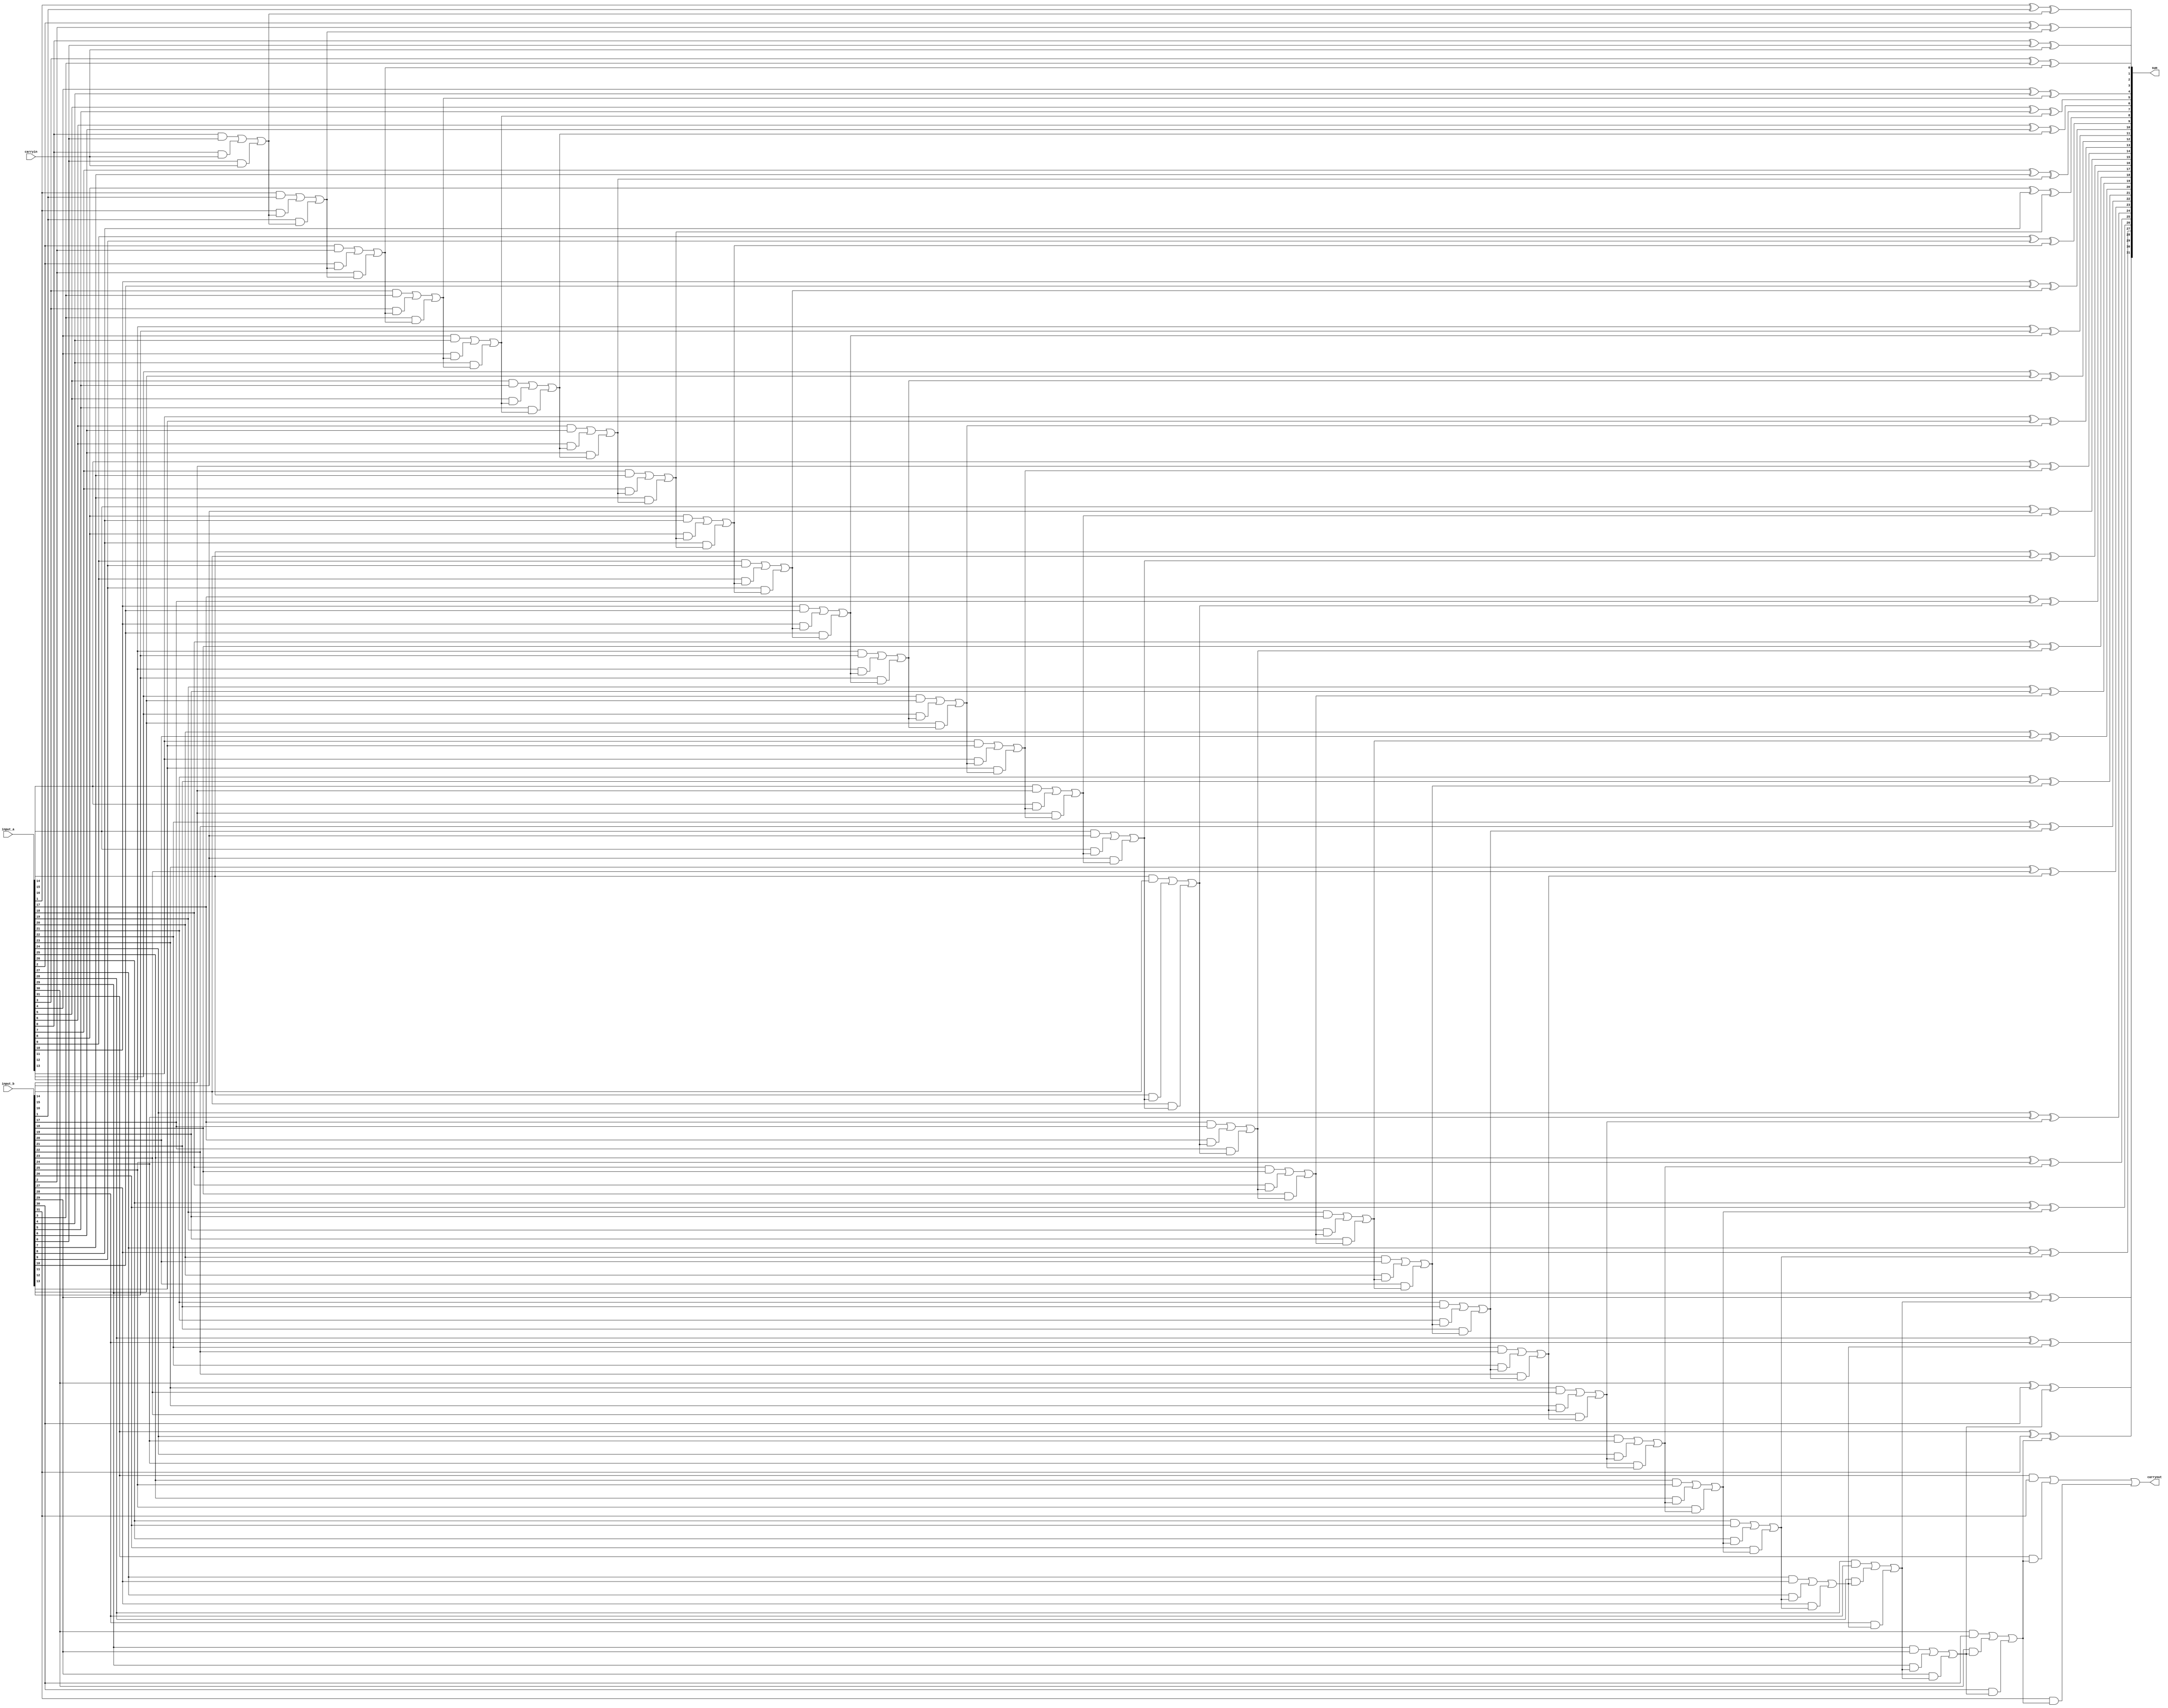
module rca_32bit(input_a,input_b,carryin,sum,carryout);
parameter n=32;
input carryin;
input[n-1:0] input_a,input_b;
output reg[n-1:0] sum;
output reg carryout;
reg [n:0] C;
integer k;

always@(input_a,input_b,carryin)
 begin
   C[0]=carryin;
	for(k=0;k<n;k=k+1)
	begin 
	  sum[k]=input_a[k]^input_b[k]^C[k];
	  C[k+1]=(input_a[k]&input_b[k])|(input_a[k]&C[k])|(input_b[k]&C[k]);
	end
   carryout=C[n];
 end
 endmodule